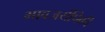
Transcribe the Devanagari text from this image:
भावजयींपैकी